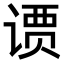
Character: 𫟢